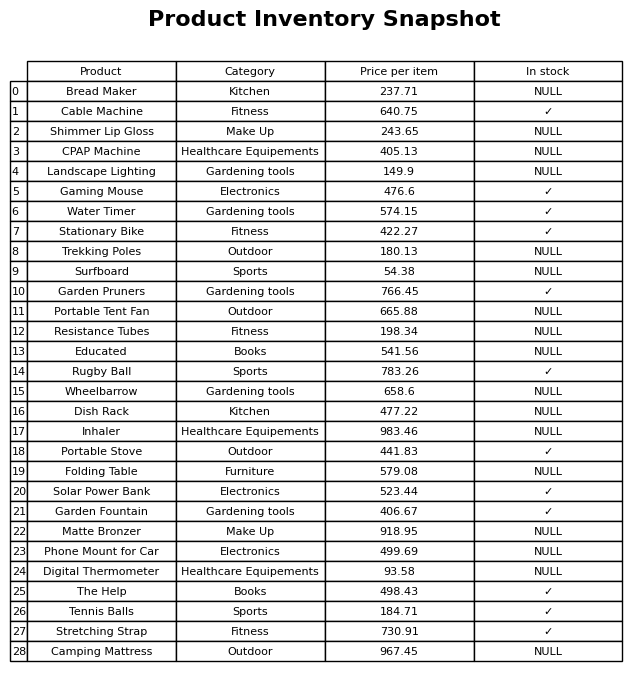
question: What is the price of the Folding Table?
answer: The price of Folding Table is 579.08.